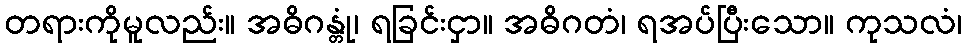
တရားကိုမူလည်း။ အဓိဂန္တုံ၊ ရခြင်းငှာ။ အဓိဂတံ၊ ရအပ်ပြီးသော။ ကုသလံ၊